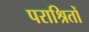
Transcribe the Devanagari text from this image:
पराश्रितों